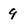
Character: 9